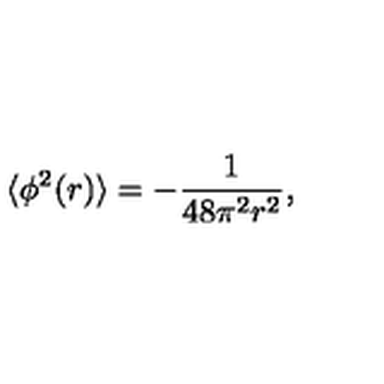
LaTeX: \langle \phi ^ { 2 } ( r ) \rangle = - \frac { 1 } { 4 8 \pi ^ { 2 } r ^ { 2 } } ,